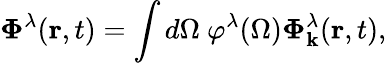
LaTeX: \mathbf{\Phi}^{\lambda}(\mathbf{r},t)=\int d\Omega~\varphi^{\lambda}(\Omega)\boldsymbol{\Phi}_{\mathbf{k}}^{\lambda}(\mathbf{r},t),